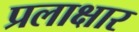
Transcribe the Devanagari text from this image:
प्रलाक्षार